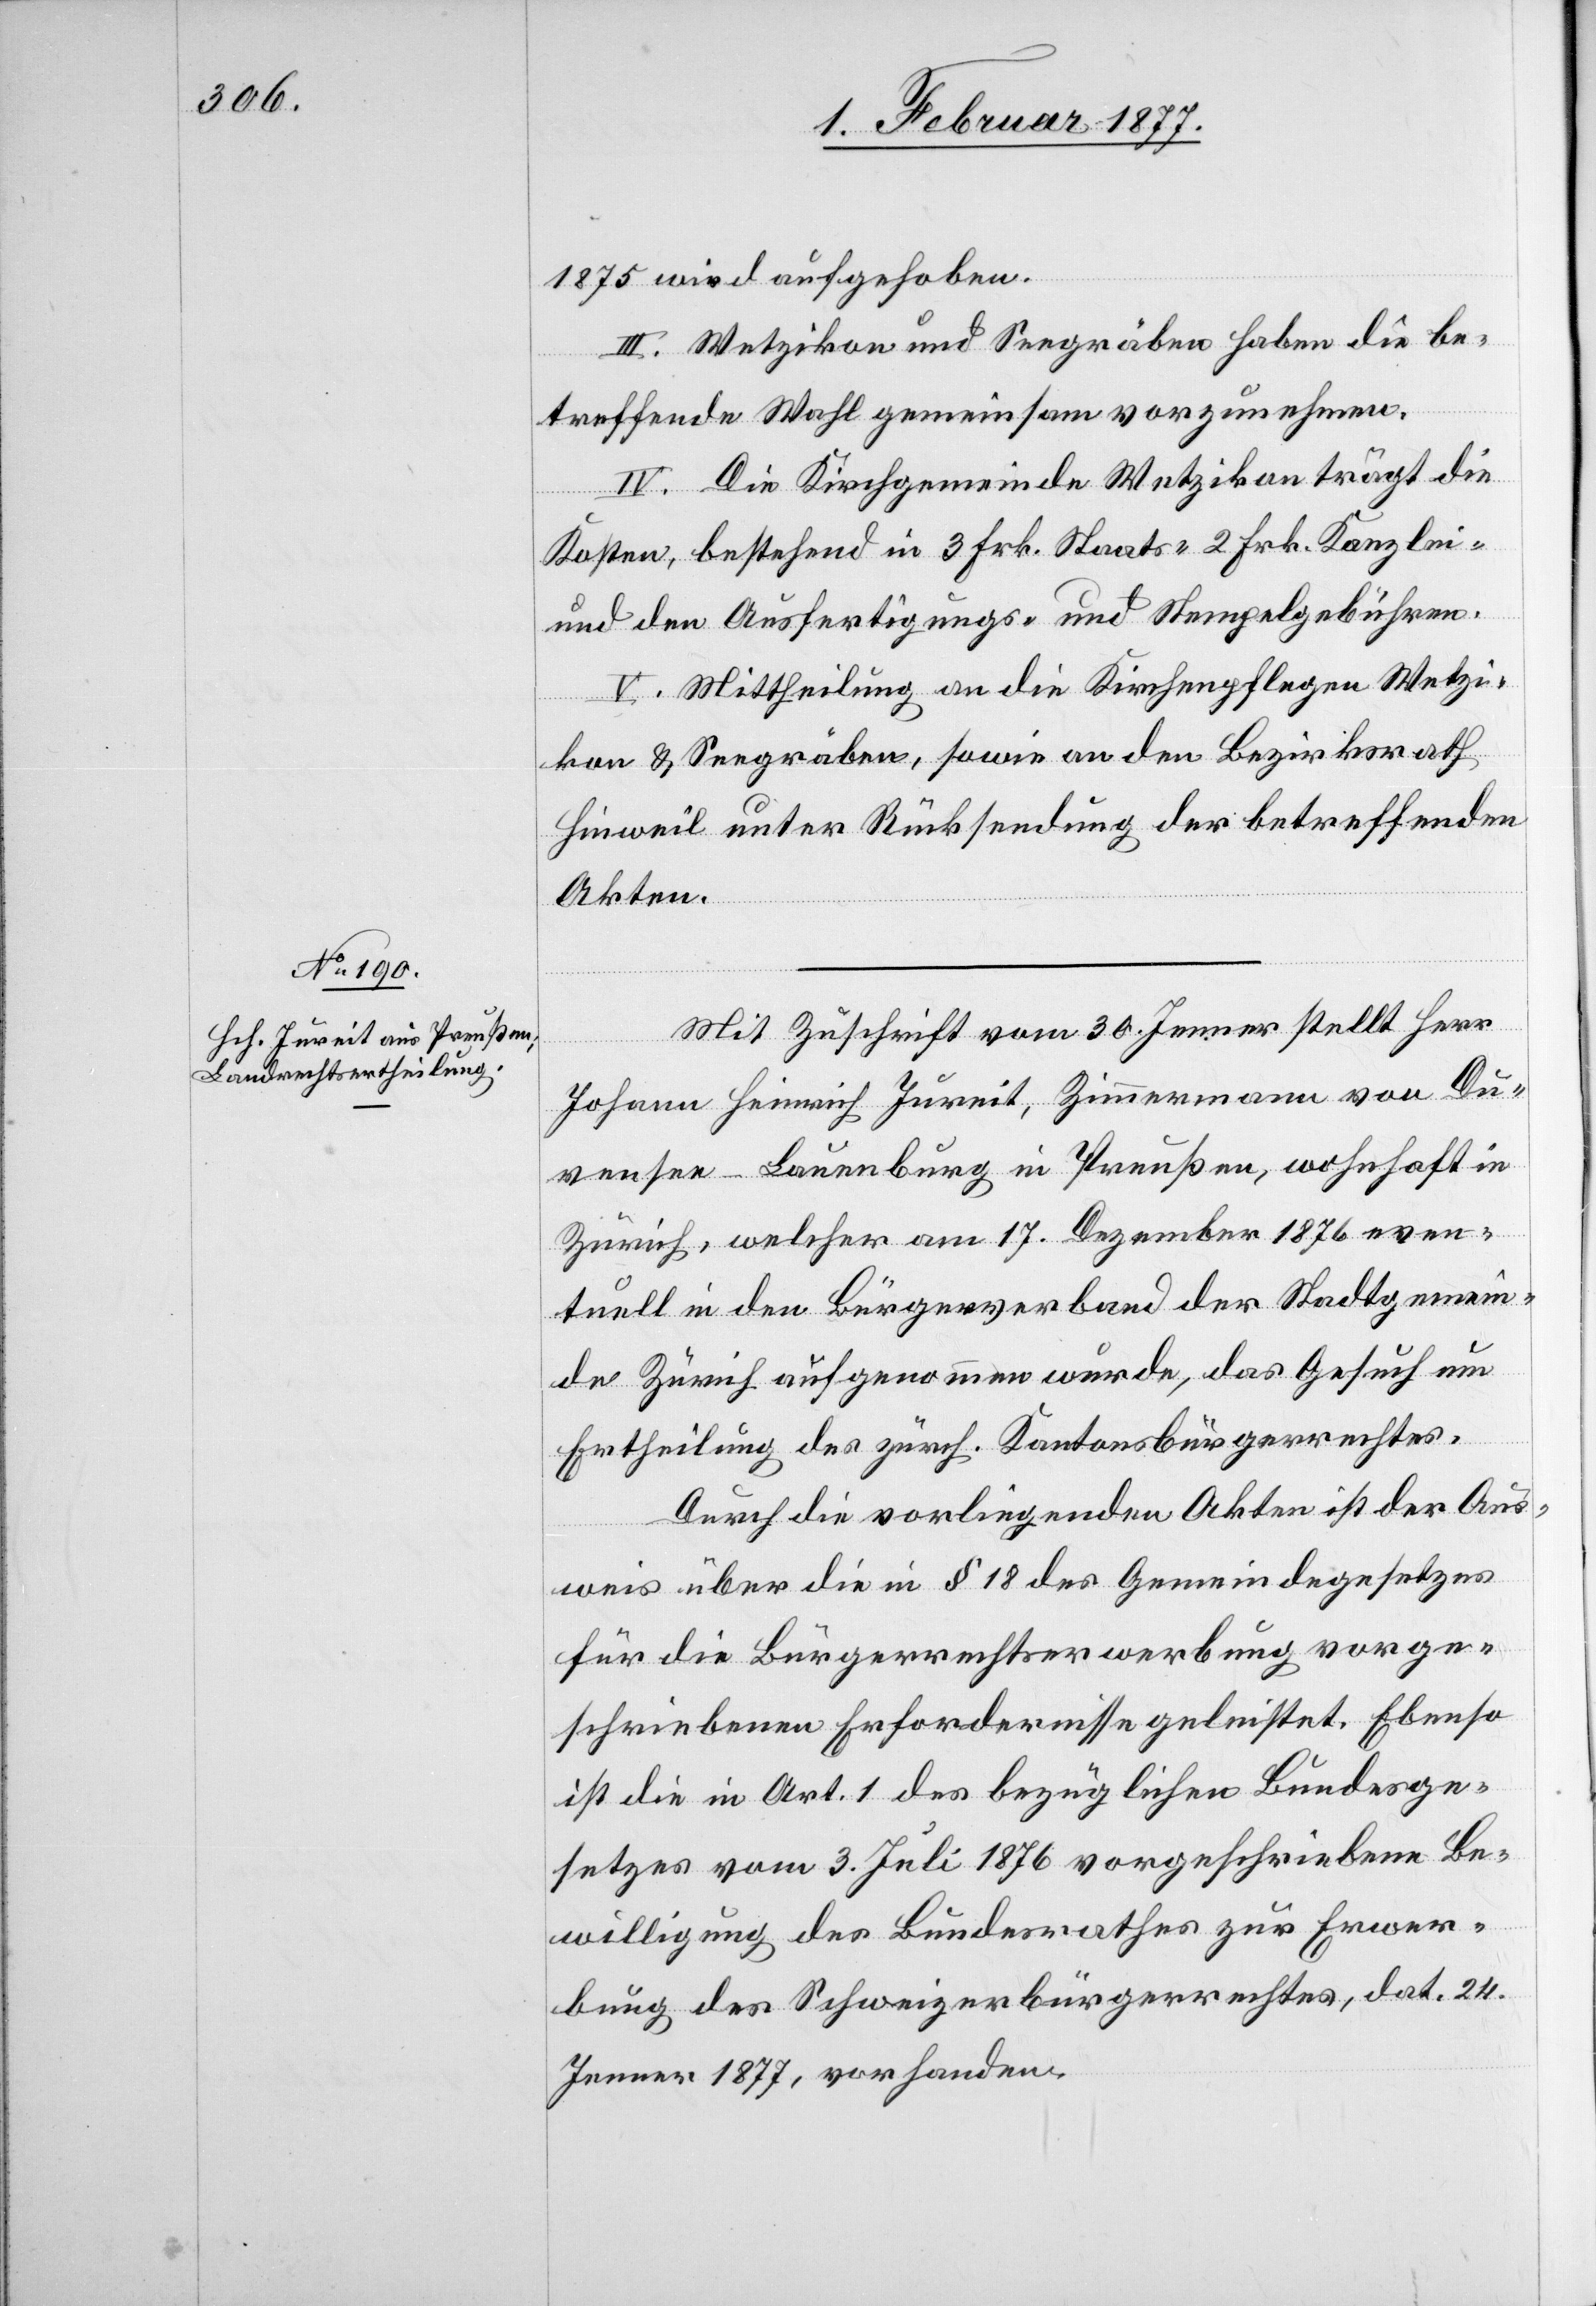
1875 wird aufgehoben.
III. Wetzikon und Seegräben haben die be¬
treffende Wahl gemeinsam vorzunehmen.
IV. Die Kirchgemeinde Wetzikon trägt die
Kosten, bestehend in 3 Frk. Staats-[,] 2 Frk. Kanzlei-
und den Ausfertigungs- und Stempelgebühren.
V. Mittheilung an die Kirchenpflegen Wetzi¬
kon & Seegräben, sowie an den Bezirksrath
Hinweil unter Rücksendung der betreffenden
Akten.
Mit Zuschrift vom 30. Jenner stellt Herr
Johann Heinrich Jureit, Zimmermann von Du¬
vensee - Lauenburg in Preußen, wohnhaft in
Zürich, welcher am 17. Dezember 1876 even¬
tuell in den Bürgerverband der Stadtgemein¬
de Zürich aufgenommen wurde, das Gesuch um
Ertheilung des zürch. Kantonsbürgerrechtes.
Durch die vorliegenden Akten ist der Aus¬
weis über die in § 18 des Gemeindegesetzes
für die Bürgerrechtserwerbung vorge¬
schriebenen Erfordernisse geleistet. Ebenso
ist die in Art. 1 des bezüglichen Bundesge¬
setzes vom 3. Juli 1876 vorgeschriebene Be¬
willigung des Bundesrathes zur Erwer¬
bung des Schweizerbürgerrechtes, dat. 24.
Jenner 1877, vorhanden.